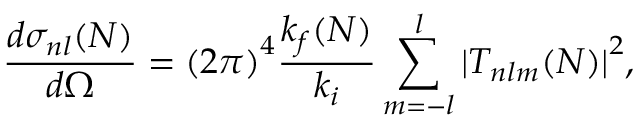
\frac { d { \sigma } _ { n l } ( N ) } { d \Omega } = { ( 2 \pi ) } ^ { 4 } \frac { k _ { f } { ( N ) } } { k _ { i } } \sum _ { m = - l } ^ { l } { | T _ { n l m } ( N ) | } ^ { 2 } ,